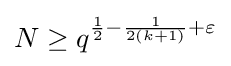
N\geq q^{{\frac {1}{2}}-{\frac {1}{2(k+1)}}+\varepsilon }